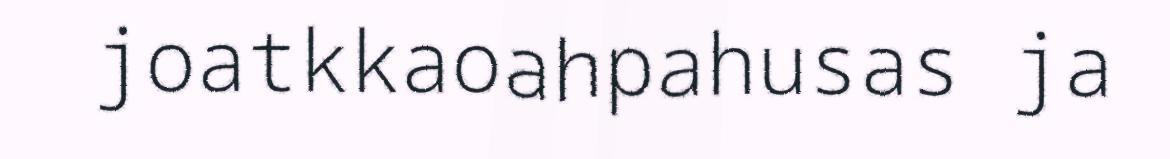
joatkkaoahpahusas ja